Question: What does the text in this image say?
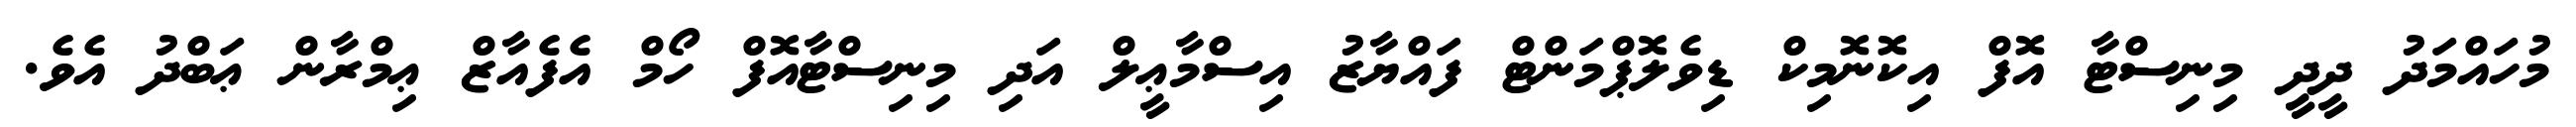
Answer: މުހައްމަދު ދީދީ މިނިސްޓާ އޮފް އިކޮނޮމިކް ޑިވެލޮޕްމަންޓް ފައްޔާޒު އިސްމާޢީލް އަދި މިނިސްޓާއޮފް ހޯމް އެފެއާޒް ޢިމްރާން ޢަބްދު އެވެ.